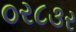
૦ર૮૩ર